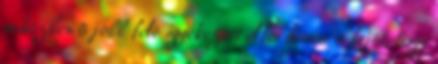
miközben õ jobb felé igyekezett elfordítani a fejét, hogy